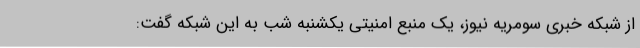
از شبکه خبری سومریه نیوز، یک منبع امنیتی یکشنبه شب به این شبکه گفت: